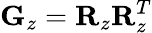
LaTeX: {\mathbf G}_{z}={\mathbf R}_{z}{\mathbf R}_{z}^{T}